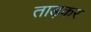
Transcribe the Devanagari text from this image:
ताड़कर